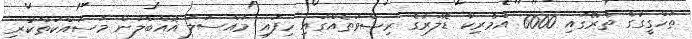
ތަހްގީގުގެ ތެރޭގައި 6000 އެމެރިކާ ޑޮލަރުގެ ރިޝްވަތެއްގައި ހިފައި މައްސަލަ އޮއްބާލަން މަސައްކަތްކުރި